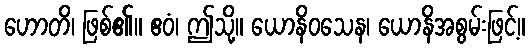
ဟောတိ၊ ဖြစ်၏။ ဧဝံ၊ ဤသို့။ ယောနိဝသေန၊ ယောနိအစွမ်းဖြင့်။